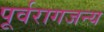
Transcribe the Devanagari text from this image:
पूर्वरागजन्य